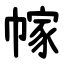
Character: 幏